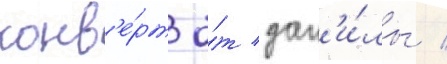
конв'е́рт о́т дан'и́лы /